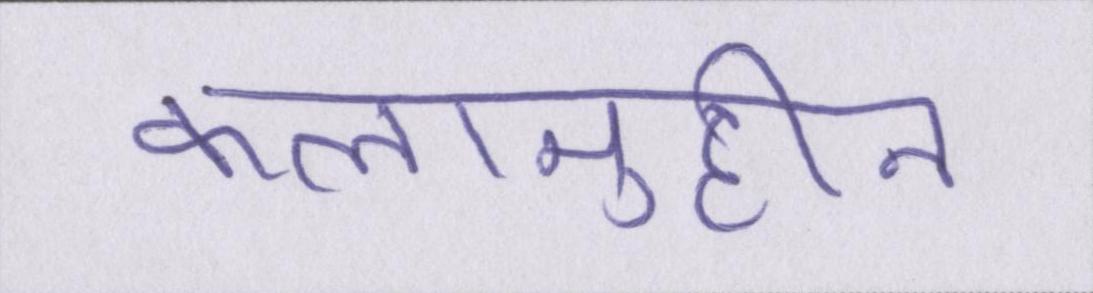
कलामुद्दीन